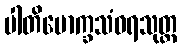
ပါတိမောက္ခသံဝရသုတ္တ